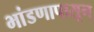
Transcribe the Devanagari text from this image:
भांडणापासून